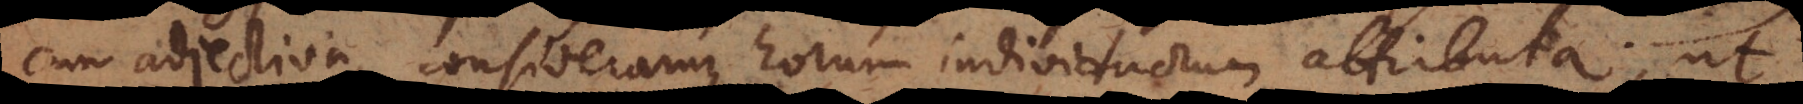
cum adjectiva, consideramus horum individuorum attributa, ut